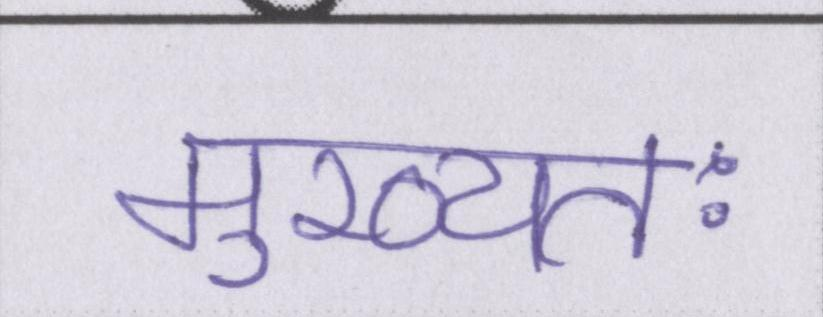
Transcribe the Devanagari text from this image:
मुख्यतः